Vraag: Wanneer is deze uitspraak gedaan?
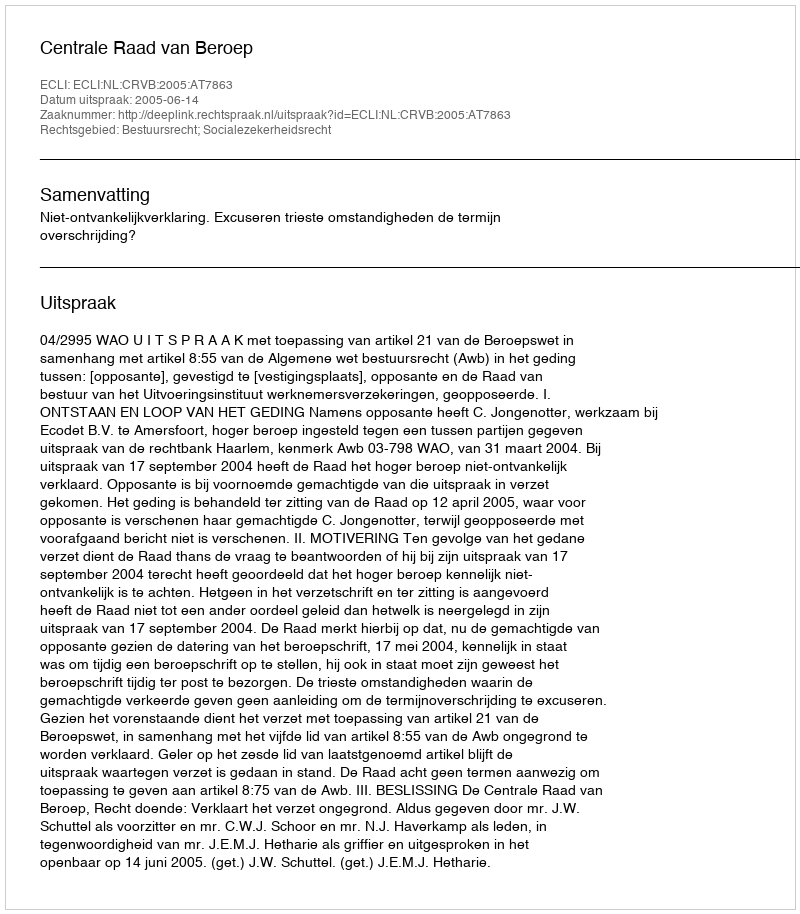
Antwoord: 2005-06-14